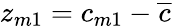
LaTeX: z_{m1}=c_{m1}-\overline{{c}}